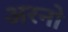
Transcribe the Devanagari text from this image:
अरनो